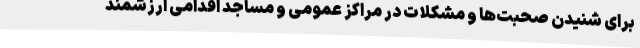
برای شنیدن صحبت‌ها و مشکلات در مراکز عمومی و مساجد اقدامی ارزشمند